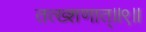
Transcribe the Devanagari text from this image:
तत्ख्शणात्॥९॥